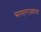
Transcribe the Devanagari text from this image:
सामा्राज्याचा